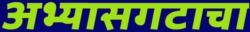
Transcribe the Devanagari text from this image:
अभ्यासगटाचा